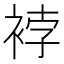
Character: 𧚆